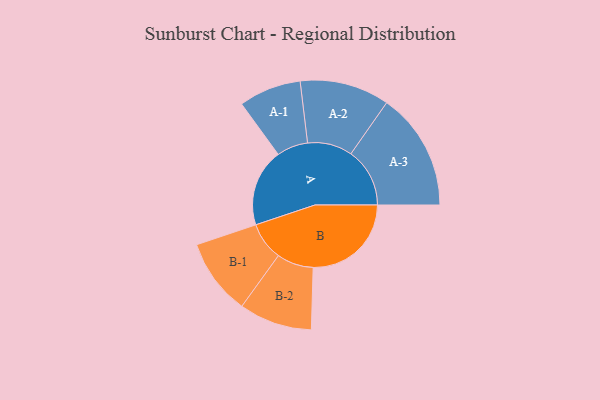
{"axis": {"x": "Segment", "y": "Value"}, "legend": ["", "A", "B"], "data": [{"x": "A", "y": 348, "type": ""}, {"x": "B", "y": 440, "type": ""}, {"x": "A-1", "y": 140, "type": "A"}, {"x": "A-2", "y": 201, "type": "A"}, {"x": "A-3", "y": 264, "type": "A"}, {"x": "B-1", "y": 171, "type": "B"}, {"x": "B-2", "y": 164, "type": "B"}]}